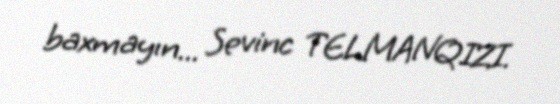
baxmayın... Sevinc TELMANQIZI.